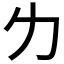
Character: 𠠲